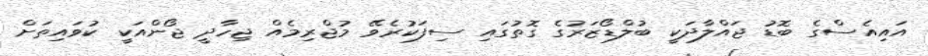
އައިއެސްގެ ބޮޑު ޖައްލާދަކީ ބުލްޑޯޒަރުގެ ގޮތުގައި ސިފަކުރެވޭ މުޖްރިމެއް ޖިހާދީ ޖޯންއަކީ ކުވައިތަށް